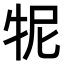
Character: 𤙌